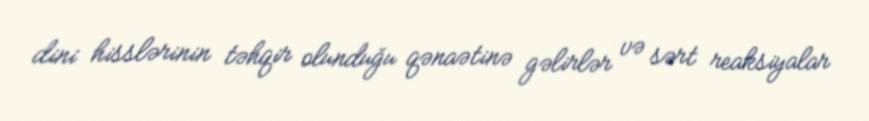
dini hisslərinin təhqir olunduğu qənaətinə gəlirlər və sərt reaksiyalar